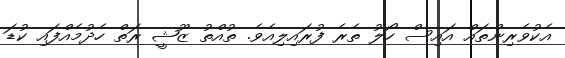
އެކުވެރިންތައް އައިސް ހޯލު ތެރެ ފުރައިލިއެވެ. ތުއްތު ޒޫޝީ ރަތް ހެދުމެއްފައި ކުޑަ